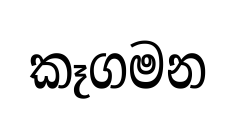
කෑගමන